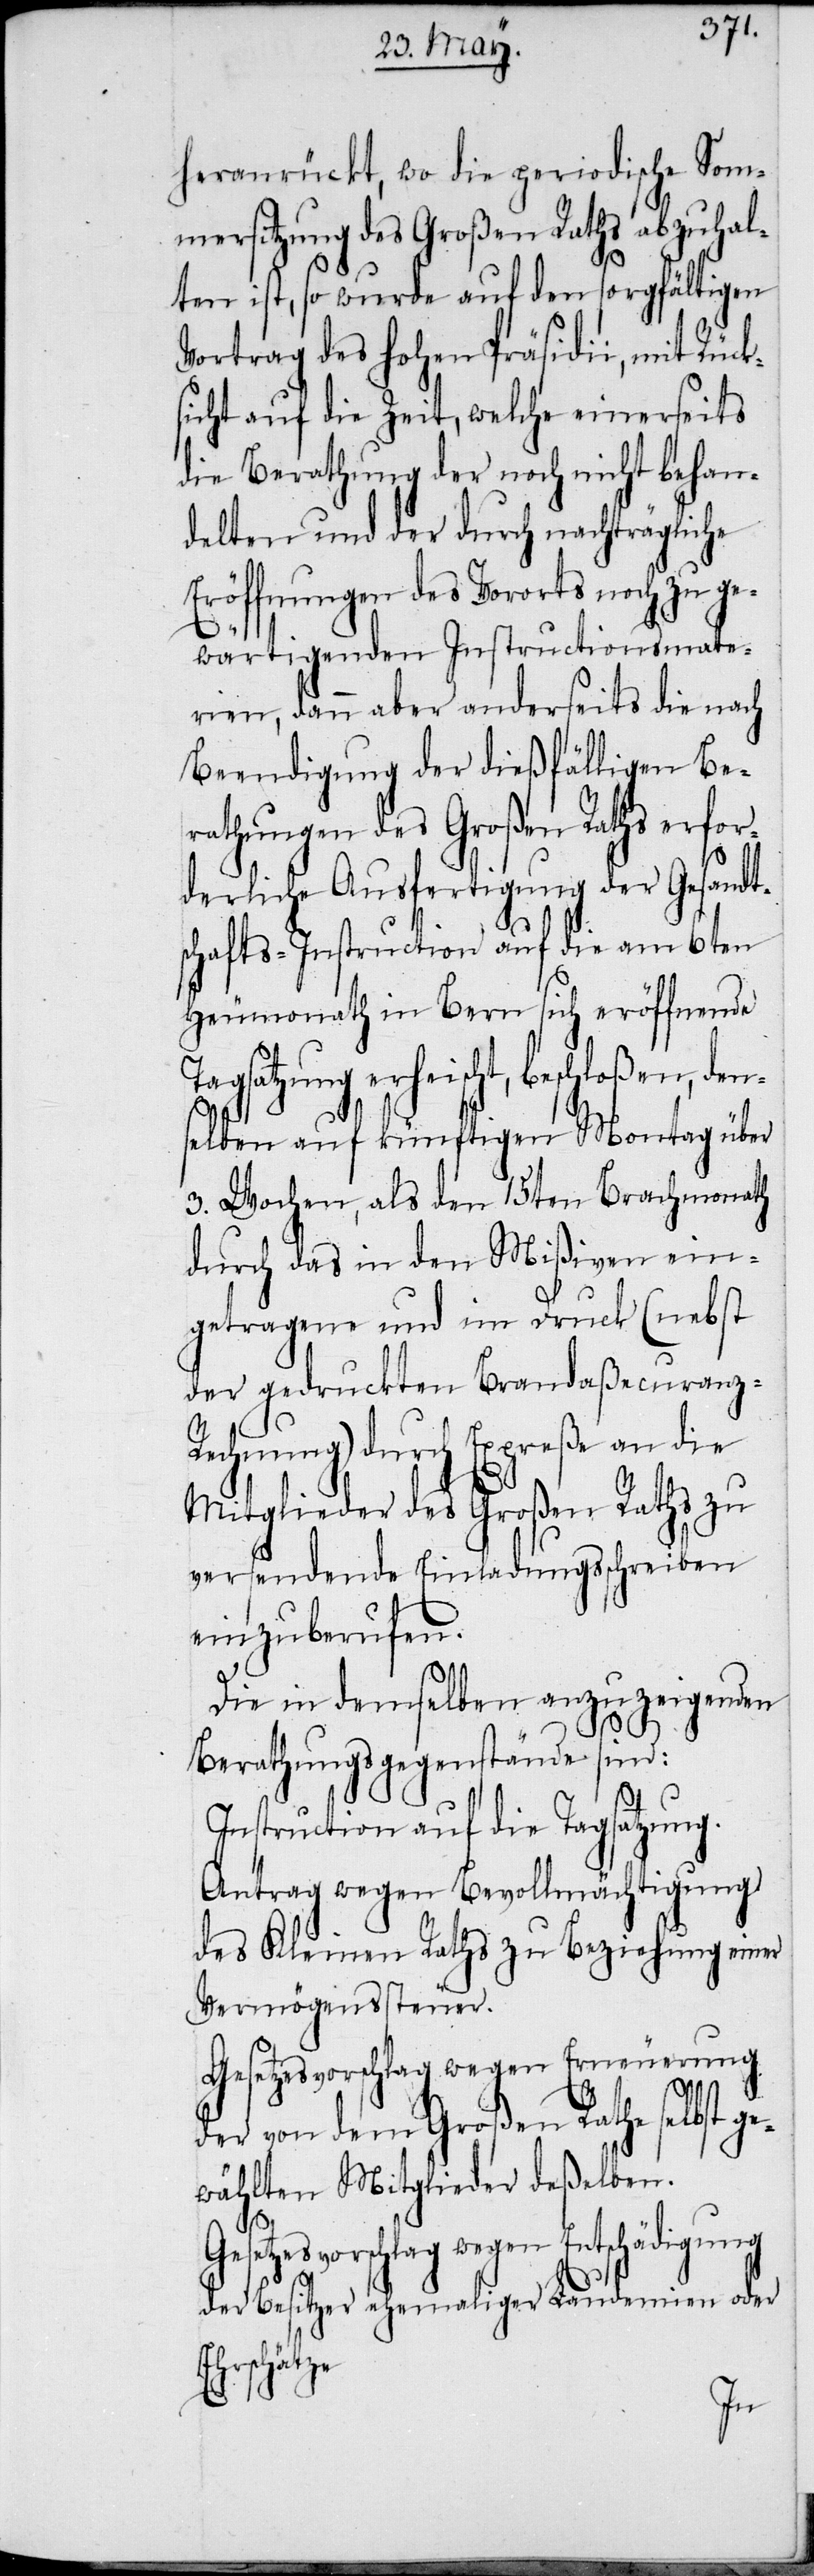
heranrückt, wo die periodische Som¬
mersitzung des Großen Raths abzuhal¬
ten ist, so wurde auf den sorgfältigen
Vortrag des hohen Präsidii, mit Rück¬
sicht auf die Zeit, welche einerseits
die Berathung der noch nicht behan¬
delten und der durch nachträgliche
Eröffnungen des Vororts noch zu ge¬
wärtigenden Instructionsmate¬
rien, dann aber anderseits die nach
Beenndigung der dießfälligen Be¬
rathung des Großen Raths erfor¬
derliche Ausfertigung der Gesandt¬
schafts-Instruction auf die am 6ten
Heumonath in Bern sich eröffnende
Tagsatzung erheischt, beschloßen, den¬
selben auf künftigen Montag über
3. Wochen, als den 15ten Brachmonath
durch das in den Mißiven ein¬
getragene und im Druck (nebst
der gedruckten Brandaßecuranz-R¬
echnung) durch Expreße an die
Mitglieder des Großen Raths zu
versendende Einladungsschreiben
einzuberufen.
Die in demselben anzuzeigenden
Berathungsgegenstände sind:
Instruction auf die Tagsatzung.
Antrag wegen Bevollmächtigung
des Kleinen Raths zu Beziehung einer
Vermögenssteuer.
Gesetzesvorschlag wegen Erneuerung
der von dem Großen Rathe selbst ge¬
wählten Mitglieder deßelben.
esvorschlag wegen Entschädigung
der Besitzer ehemaliger Laudemien oder
Ehrschätze